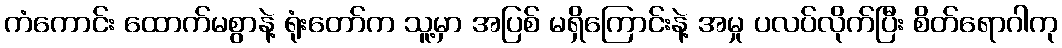
ကံကောင်း ထောက်မစွာနဲ့ ရုံးတော်က သူ့မှာ အပြစ် မရှိကြောင်းနဲ့ အမှု ပလပ်လိုက်ပြီး စိတ်ရောဂါကု